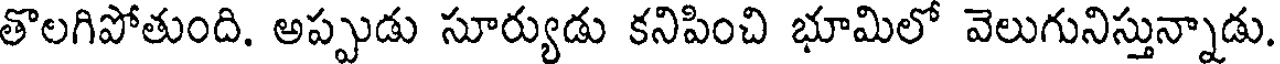
తొలగిపోతుంది. అప్పుడు సూర్యుడు కనిపించి భూమిలో వెలుగునిస్తున్నాడు.